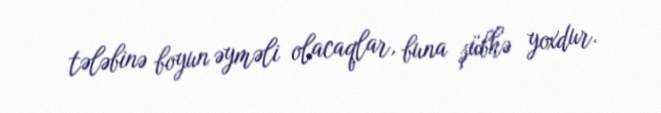
tələbinə boyun əyməli olacaqlar, buna şübhə yoxdur.